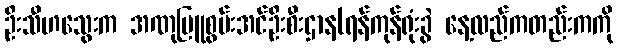
ဦးသီဟသွေးက အဏုမြူစွမ်းအင်ဦးစီးဌာန(ရန်ကုန်ရုံးခွဲ နေ့လည်ကတည်းကကို